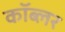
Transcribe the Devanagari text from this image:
कॉब्लर